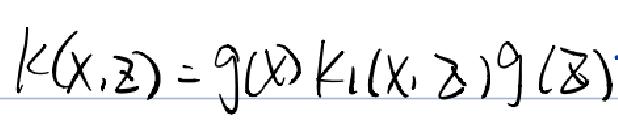
\[ k(x,z)=g(x)k_1(x,z)g(z) \]